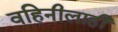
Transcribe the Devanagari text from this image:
वहिनीलाही